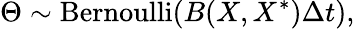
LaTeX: \Theta\sim\operatorname{Bernoulli}\! \left(B(X,X^{\ast})\Delta{t}\right),